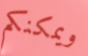
ويمكنكم